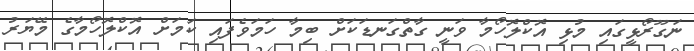
ނަގޫރޯޅީގައި މުޅި އޮކްލޮހޯމާ ވަނީ ގާތްގަނޑަކަށް ބިމާ ހަމަވެފައި ކަމަށް އޮކްލޮހޯމާގެ މޭޔަރު